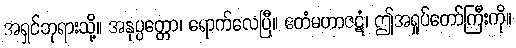
အရှင်ဘုရားသို့။ အနုပ္ပတ္တော၊ ရောက်လေပြီ။ ဧတံမဟာဇဋံ၊ ဤအရှုပ်တော်ကြီးကို။